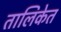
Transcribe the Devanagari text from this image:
तालिकेत